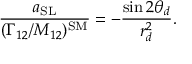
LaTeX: \frac { a _ { \mathrm { S L } } } { ( \Gamma _ { 1 2 } / M _ { 1 2 } ) ^ { \mathrm { S M } } } = - \frac { \sin 2 \theta _ { d } } { r _ { d } ^ { 2 } } .